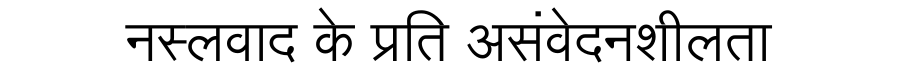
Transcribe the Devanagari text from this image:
नस्लवाद के प्रति असंवेदनशीलता